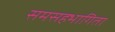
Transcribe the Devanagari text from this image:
समसहभागिता